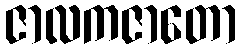
ဇာလကဇာတော